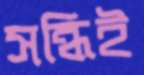
সন্ধিই